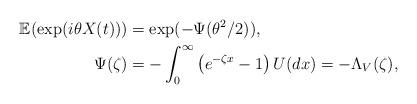
LaTeX: \begin{align*}\mathbb{E}(\exp(i\theta X(t)))&= \exp(-\Psi(\theta^2/2)), \; \\\Psi(\zeta)&=-\int_0^{\infty}\left(e^{-\zeta x} -1\right)U(dx)=-\Lambda_V(\zeta), \end{align*}